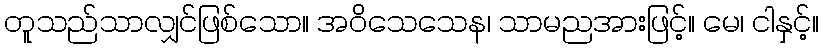
တူသည်သာလျှင်ဖြစ်သော။ အဝိသေသေန၊ သာမညအားဖြင့်။ မေ၊ ငါနှင့်။